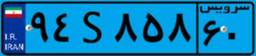
۹۴S۸۵۸۶۰